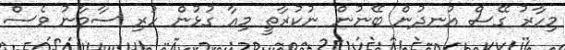
މިހާރު ގޭސް އުނދުން ބޭނުން ނުކުރާތީ މިއާ ގުޅުން ހުރި ސާމާނު ވެސް